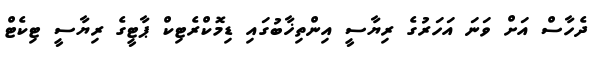
ދެހާސް އަށް ވަނަ އަހަރުގެ ރިޔާސީ އިންތިޚާބުގައި ޑިމޮކްރެޓިކް ޕާޓީގެ ރިޔާސީ ޓިކެޓް